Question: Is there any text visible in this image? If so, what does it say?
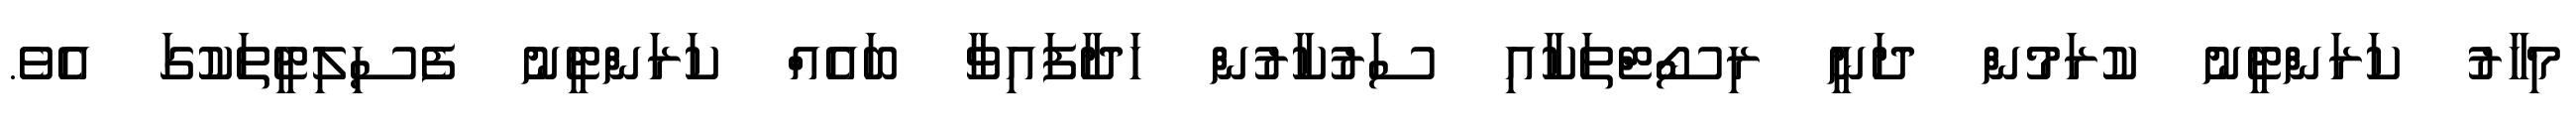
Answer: މިހާރު ކަރަންޓީނު ކުރަމުން ދަނީ ރިސޯޓްތަކާއި ސަރުކާރުން ހަދާފައިވާ ބައެއް ކަރަންޓީނު ފެސިލިޓީތަކުގަ އެވެ.